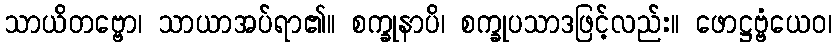
သာယိတဗ္ဗော၊ သာယာအပ်ရာ၏။ စက္ခုနာပိ၊ စက္ခုပသာဒဖြင့်လည်း။ ဖောဋ္ဌဗ္ဗံယေဝ၊